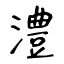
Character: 澧